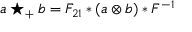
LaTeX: a \star _ { + } b = { \cal F } _ { 2 1 } * ( a \otimes b ) * { \cal F } ^ { - 1 }